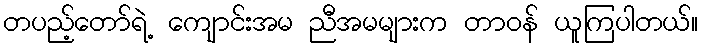
တပည့်တော်ရဲ့ ကျောင်းအမ ညီအမများက တာဝန် ယူကြပါတယ်။